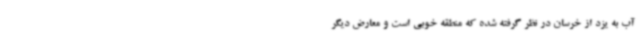
آب به یزد از خرسان در نظر گرفته شده که منطقه خوبی است و معارض دیگر